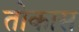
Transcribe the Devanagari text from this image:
तोकास